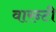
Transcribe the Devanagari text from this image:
वारन्टी